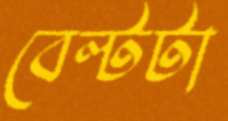
বেল্টটা